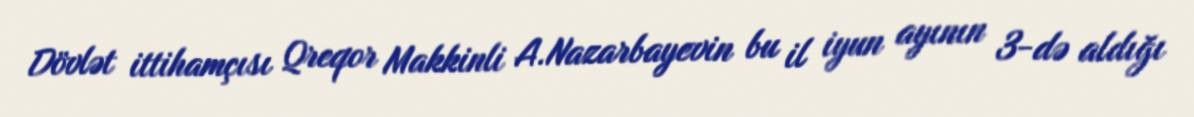
Dövlət ittihamçısı Qreqor Makkinli A.Nazarbayevin bu il iyun ayının 3-də aldığı